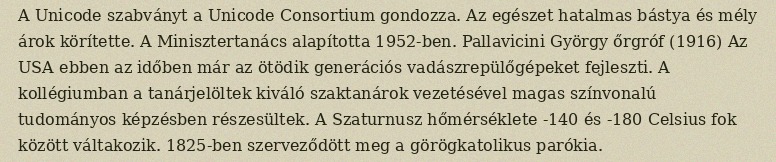
A Unicode szabványt a Unicode Consortium gondozza. Az egészet hatalmas bástya és mély árok körítette. A Minisztertanács alapította 1952-ben. Pallavicini György őrgróf (1916) Az USA ebben az időben már az ötödik generációs vadászrepülőgépeket fejleszti. A kollégiumban a tanárjelöltek kiváló szaktanárok vezetésével magas színvonalú tudományos képzésben részesültek. A Szaturnusz hőmérséklete -140 és -180 Celsius fok között váltakozik. 1825-ben szerveződött meg a görögkatolikus parókia.